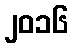
၂၀၁၆